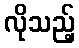
လိုသည့်